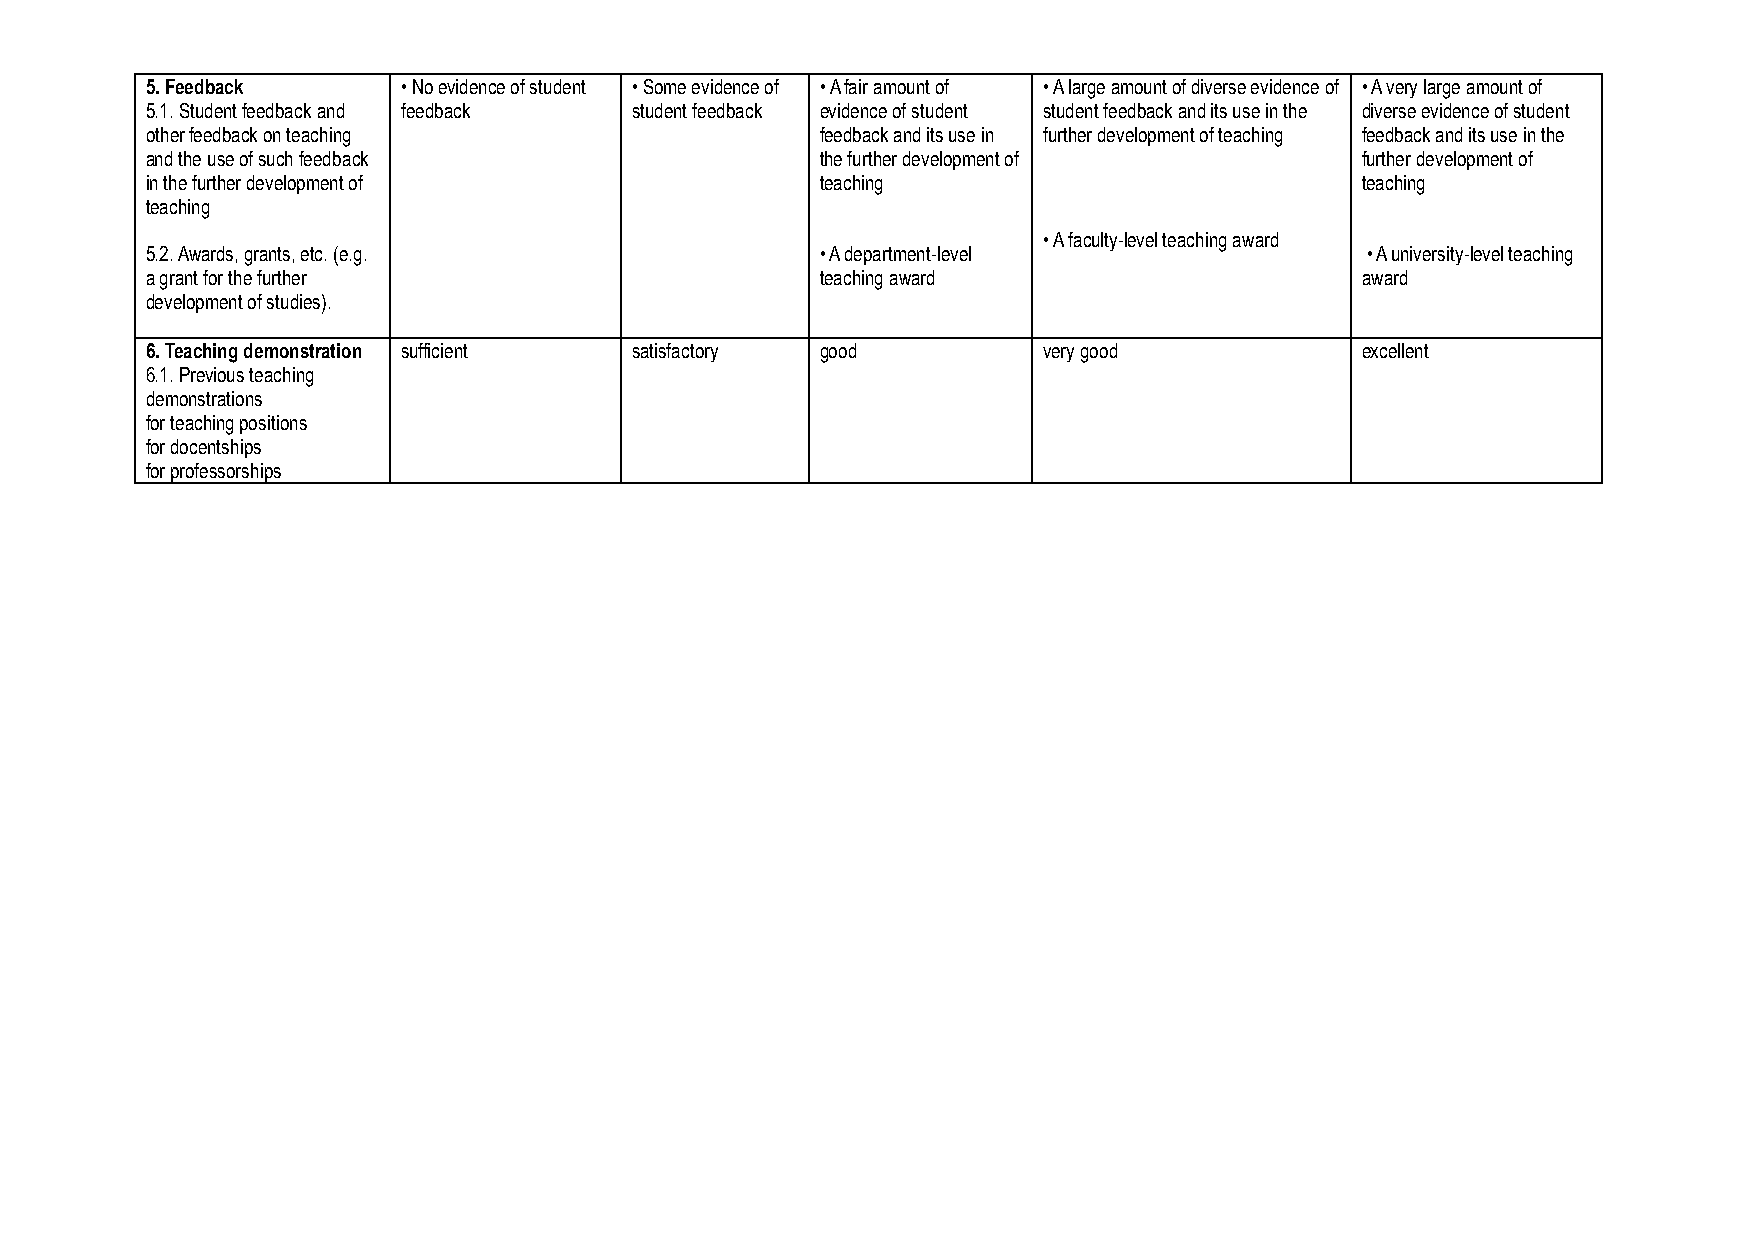
5. Feedback      • No evidence of student • Some evidence of • A fair amount of • A large amount of diverse evidence of • A very large amount of
 5.1. Student feedback and feedback student feedback evidence of student student feedback and its use in the diverse evidence of student
 other feedback on teaching                  feedback and its use in further development of teaching feedback and its use in the
 and the use of such feedback                the further development of          further development of
 in the further development of               teaching                            teaching
 teaching
 • A faculty-level teaching award
 5.2. Awards, grants, etc. (e.g.             • A department-level                • A university-level teaching
 a grant for the further                     teaching award                      award
 development of studies).
 6. Teaching demonstration sufficient satisfactory good     very good            excellent
 6.1. Previous teaching
 demonstrations
 for teaching positions
 for docentships
 for professorships